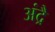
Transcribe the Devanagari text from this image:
अंद्रै